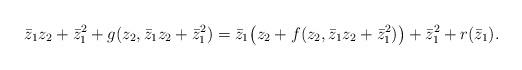
LaTeX: \begin{align*}\bar{z}_1z_2 + \bar{z}_1^2+g(z_2,\bar{z}_1z_2 + \bar{z}_1^2)=\bar{z}_1 \bigl(z_2 +f(z_2,\bar{z}_1z_2 +\bar{z}_1^2)\bigr) + \bar{z}_1^2 + r(\bar{z}_1) .\end{align*}